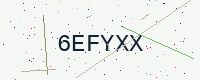
Text: 6EFYXX